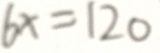
6 x = 1 2 0